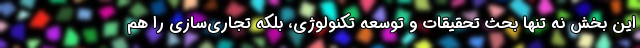
این بخش نه تنها بحث تحقیقات و توسعه تکنولوژی، بلکه تجاری‌سازی را هم